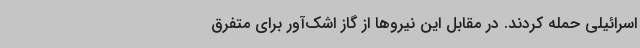
اسرائیلی حمله کردند. در مقابل این نیروها از گاز اشک‌آور برای متفرق